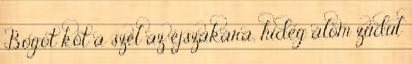
Bogot köt a szél az éjszakára, hideg álom zúdul